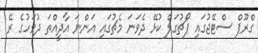
ގްރޫޕް ސްޓޭޖުގައި ޕޯޗުގަލް ކުޅޭ ދެވަނަ މެޗުގައި އަންނަ އާދީއްތަ ދުވަހުގެ ރޭ